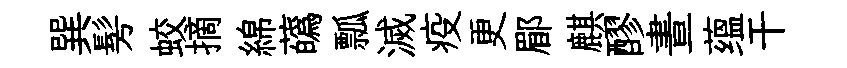
巽髣蛟摘綿蘤瓢滅疫更郿麒醪晝蕴干